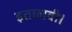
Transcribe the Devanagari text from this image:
इतालवी।